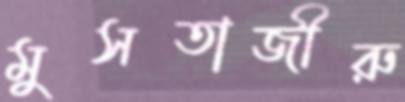
মুসতাজীরু